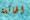
الهائلة